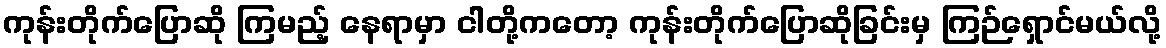
ကုန်းတိုက်ပြောဆို ကြမည့် နေရာမှာ ငါတို့ကတော့ ကုန်းတိုက်ပြောဆိုခြင်းမှ ကြဉ်ရှောင်မယ်လို့